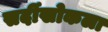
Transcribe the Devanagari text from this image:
सर्दीखोकला